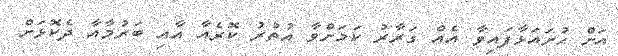
އަށް ހުށައަޅާފައިވާ އެއް ގަރާރު ކަމަށްވާ އުތުރު ކޮރެއާ އާއި ބަރުމާއާ ދެކޮޅަށް